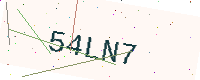
Text: 54LN7